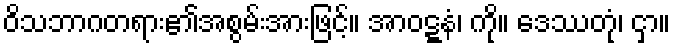
ဝိသဘာဂတရား၏အစွမ်းအားဖြင့်။ အာဝဋ္ဋနံ၊ ကို။ ဒေဿတုံ၊ ငှာ။